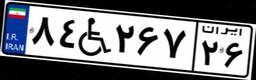
۸۴W۲۶۷۲۶